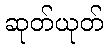
ဆုတ်ယုတ်